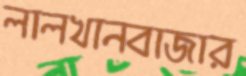
লালখানবাজার